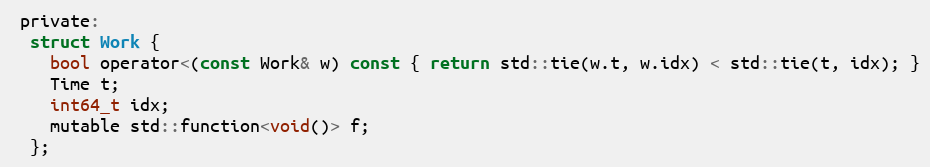
Language: C
 private:
  struct Work {
    bool operator<(const Work& w) const { return std::tie(w.t, w.idx) < std::tie(t, idx); }
    Time t;
    int64_t idx;
    mutable std::function<void()> f;
  };